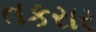
તકરાર